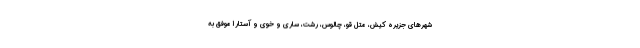
شهرهای جزیره کیش، متل قو، چالوس، رشت، ساری و خوی و آستارا موفق به